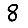
Digit: 8